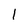
Character: 1